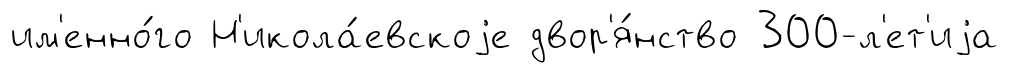
им'енно́го Н'икола́евскоjе двор'я́нство 300-л'ет'иjа